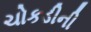
ચોકડીની